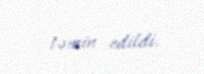
təmin edildi.